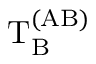
\mathrm { T } _ { \mathrm { B } } ^ { \mathrm { ( A B ) } }